Scottish Leaving Certificate Examination, 1954
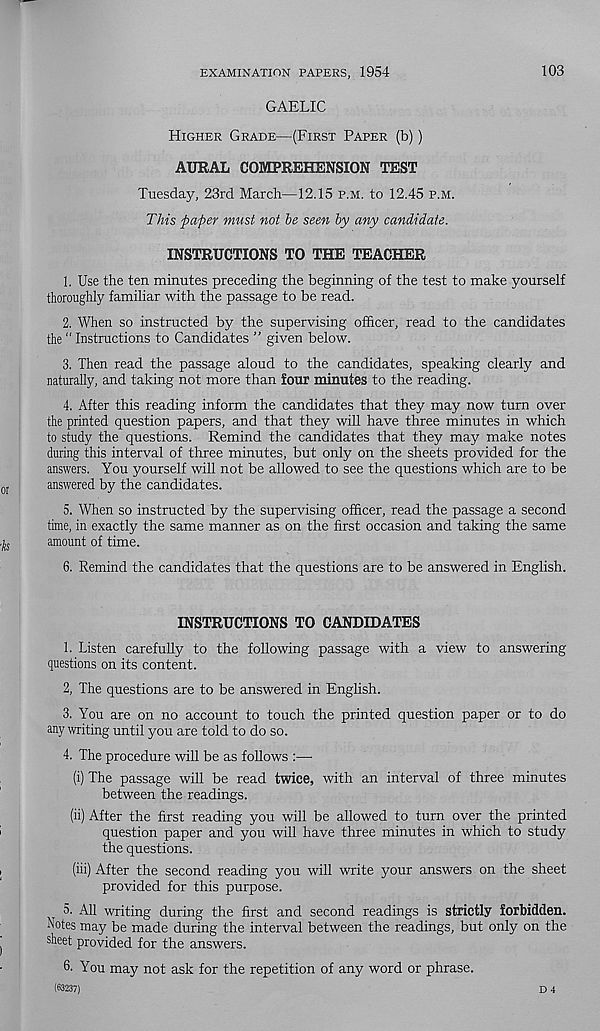
EXAMINATION PAPERS, 1954
103
GAELIC
Higher Grade—(First Paper (b))
AURAL COMPREHENSION TEST
Tuesday, 23rd March—12.15 p.m. to 12.45 p.m.
This paper must not he seen hy any candidate.
INSTRUCTIONS TO THE TEACHER
1. Use the ten minutes preceding the beginning of the test to make yourself
thoroughly familiar with the passage to be read.
2. When so instructed by the supervising officer, read to the candidates
the “ Instructions to Candidates ” given below.
3. Then read the passage aloud to the candidates, speaking clearly and
naturally, and taking not more than four minutes to the reading.
4. After this reading inform the candidates that they may now turn over
the printed question papers, and that they will have three minutes in which
to study the questions. Remind the candidates that they may make notes
during this interval of three minutes, but only on the sheets provided for the
answers. You yourself will not be allowed to see the questions which are to be
or
answered by the candidates.
5. When so instructed by the supervising officer, read the passage a second
time, in exactly the same manner as on the first occasion and taking the same
,j s
amount of time.
6. Remind the candidates that the questions are to be answered in English.
INSTRUCTIONS TO CANDIDATES
1. Listen carefully to the following passage with a view to answering
questions on its content.
2. The questions are to be answered in English.
3. You are on no account to touch the printed question paper or to do
any writing until you are told to do so.
4. The procedure will be as follows :—
(i) The passage will be read twice, with an interval of three minutes
between the readings.
(ii) After the first reading you will be allowed to turn over the printed
question paper and you will have three minutes in which to study
the questions.
(iii) After the second reading you will write your answers on the sheet
provided for this purpose.
5. All writing during the first and second readings is strictly forbidden,
hotes may be made during the interval between the readings, but only on the
I
sheet provided for the answers.
6- You may not ask for the repetition of any word or phrase.
(63237)
D 4